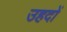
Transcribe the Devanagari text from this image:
उहदों